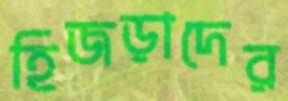
হিজড়াদের